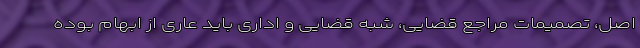
اصل، تصمیمات مراجع قضایی، شبه قضایی و اداری باید عاری از ابهام بوده